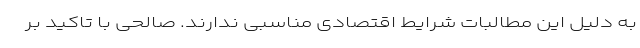
به دلیل این مطالبات شرایط اقتصادی مناسبی ندارند. صالحی با تاکید بر